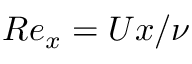
{ R e } _ { x } = U x / \nu